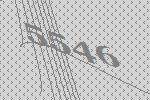
5546